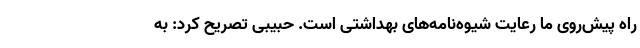
راه پیش‌روی ما رعایت شیوه‌نامه‌های بهداشتی است. حبیبی تصریح کرد: به